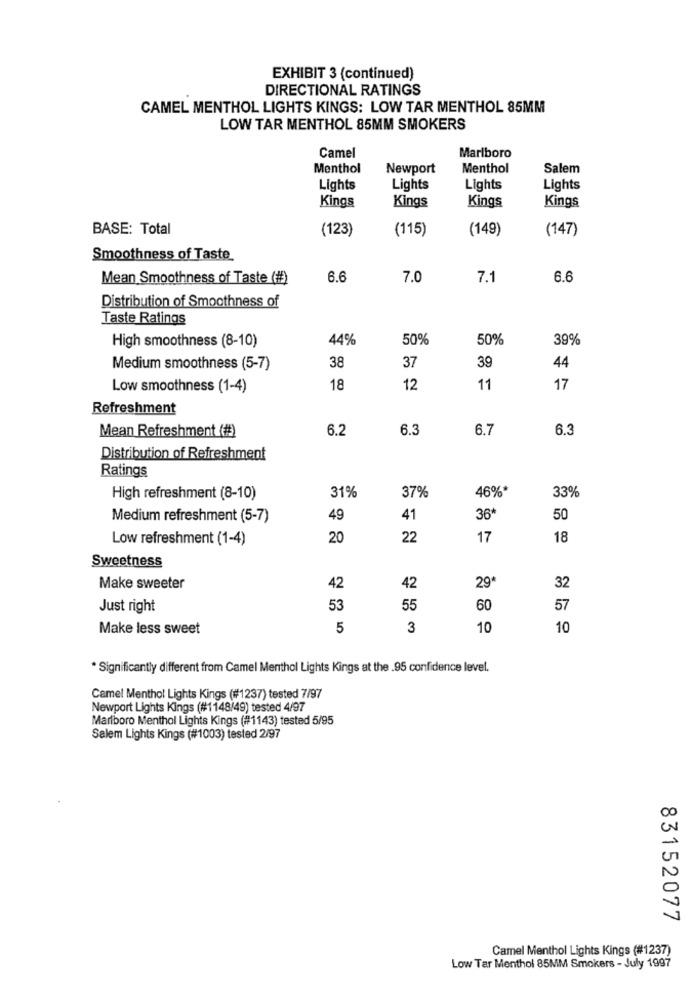
EXHIBIT 3 (continued)
DIRECTIONAL RATINGS
CAMEL MENTHOL LIGHTS KINGS: LOW TAR MENTHOL 85MM
LOW TAR MENTHOL 85MM SMOKERS
Camel
Marlboro
Menthol
Newport
Menthol
Salem
Lights
Lights
Lights
Lights
Kings
Kings
Kings
Kings
BASE: Total
(123)
(115)
(149)
(147)
Smoothness of Taste
Mean Smoothness of Taste (#)
6.6
7.0
7.1
6.6
Distribution of Smoothness of
Taste Ratings
High smoothness (8-10)
44%
50%
50%
39%
38
37
Medium smoothness (5-7)
39
44
Low smoothness (1-4)
18
12
11
17
Refreshment
Mean Refreshment (#)
6.2
6.3
6.7
6.3
Distribution of Refreshment
Ratings
46%*
33%
High refreshment (8-10)
31%
37%
Medium refreshment (5-7)
49
41
36
50
Low refreshment (1-4)
20
22
17
18
Sweetness
Make sweeter
42
42
29
32
Just right
53
55
60
57
Make less sweet
5
3
10
10
* Significantly different from Camel Menthol Lights Kings at the .95 confidence level.
Camel Menthol Lights Kings (#1237) tested 7/97
Newport Lights Kings (#1148/49) tested 4/97
Marlboro Menthol Lights Kings (#1143) tested 5/95
Salem Lights Kings (#1003) tested 2/97
83152077
Camel Menthol Lights Kings (#1237)
Low Tar Menthol 85MM Smokers - July 1997